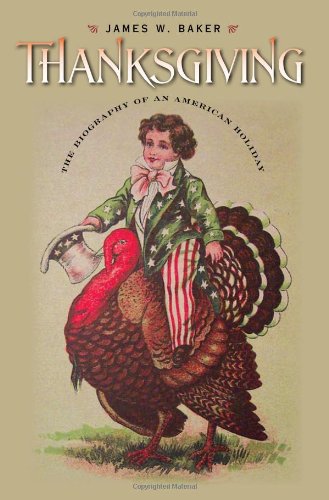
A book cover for Thanksgiving: The Biography of an American Holiday (Revisiting New England); James W. Baker; Politics & Social Sciences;